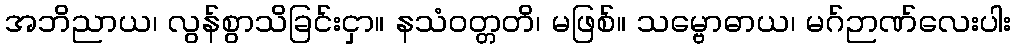
အဘိညာယ၊ လွန်စွာသိခြင်းငှာ။ နသံဝတ္တတိ၊ မဖြစ်။ သမ္ဗောဓာယ၊ မဂ်ဉာဏ်လေးပါး